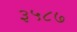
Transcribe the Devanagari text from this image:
३५८७